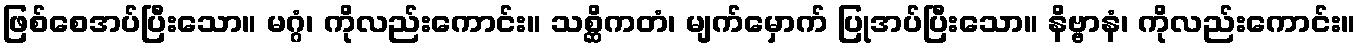
ဖြစ်စေအပ်ပြီးသော။ မဂ္ဂံ၊ ကိုလည်းကောင်း။ သစ္ဆိကတံ၊ မျက်မှောက် ပြုအပ်ပြီးသော။ နိဗ္ဗာနံ၊ ကိုလည်းကောင်း။